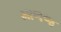
માળજ